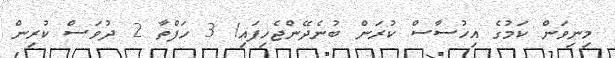
މިނިވަން ކަމުގެ އިހުސާސް ކުރަން ބުނެދޭންޖެހިފައި! 3 ހަފްތާ 2 ދުވަސް ކުރިން